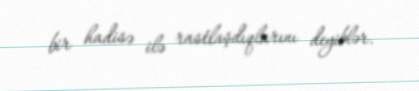
bir hadisə ilə rastlaşdıqlarını deyiblər.